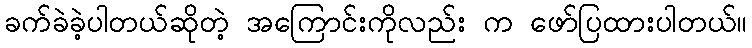
ခက်ခဲခဲ့ပါတယ်ဆိုတဲ့ အကြောင်းကိုလည်း က ဖော်ပြထားပါတယ်။